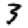
Digit: 3